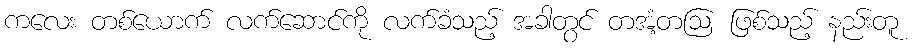
ကလေး တစ်ယောက် လက်ဆောင်ကို လက်ခံသည့် အခါတွင် တအံ့တဩ ဖြစ်သည့် နည်းတူ